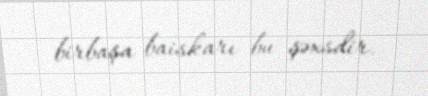
birbaşa baiskarı bu şəxsdir.